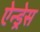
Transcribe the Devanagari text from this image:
ऐन्‍ड्रेस